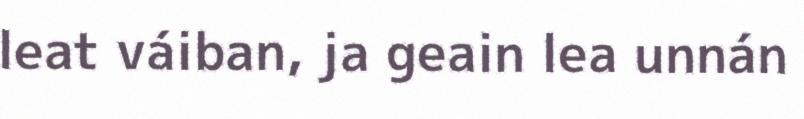
leat váiban, ja geain lea unnán